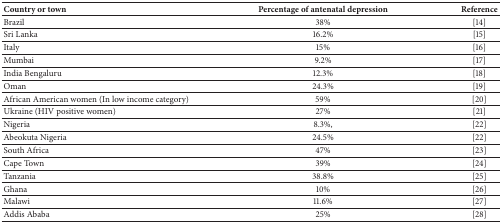
| Country or town | Percentage of antenatal depression | Reference |
 | --- | --- | --- |
 | Brazil | 38% | [14] |
 | Sri Lanka | 16.2% | [15] |
 | Italy | 15% | [16] |
 | Mumbai | 9.2% | [17] |
 | India Bengaluru | 12.3% | [18] |
 | Oman | 24.3% | [19] |
 | African American women (In low income category) | 59% | [20] |
 | Ukraine (HIV positive women) | 27% | [21] |
 | Nigeria | 8.3%, | [22] |
 | Abeokuta Nigeria | 24.5% | [22] |
 | South Africa | 47% | [23] |
 | Cape Town | 39% | [24] |
 | Tanzania | 38.8% | [25] |
 | Ghana | 10% | [26] |
 | Malawi | 11.6% | [27] |
 | Addis Ababa | 25% | [28] |